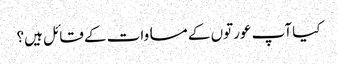
کیا آپ عورتوں کے مساوات کے قائل ہیں؟